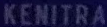
KENITRA